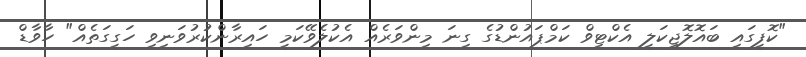
"ކޮފީގައި ބައޮލޮޖިކަލީ އެކްޓިވް ކަމްޕައުންޑުގެ ގިނަ މިންވަރެއް އެކުލެވޭކަމީ ހައިރާންކުރުވަނިވި ހަގީގަތެއް" ހާވާޑް